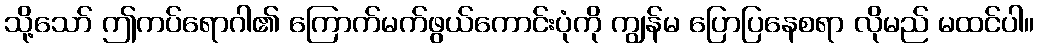
သို့သော် ဤကပ်ရောဂါ၏ ကြောက်မက်ဖွယ်ကောင်းပုံကို ကျွန်မ ပြောပြနေစရာ လိုမည် မထင်ပါ။